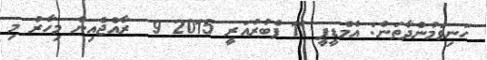
ހަނިވަމުންދާތަން: އެމްޑީޕީ 11 ފެބުރުއަރީ 2015 9  ރާއްޖެއިން މިހާރު މި